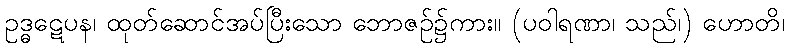
ဥဒ္ဓဋေပန၊ ထုတ်ဆောင်အပ်ပြီးသော ဘောဇဉ်၌ကား။ (ပဝါရဏာ၊ သည်၊) ဟောတိ၊